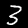
Label: 3